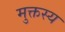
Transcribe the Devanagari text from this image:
मुक्तस्य